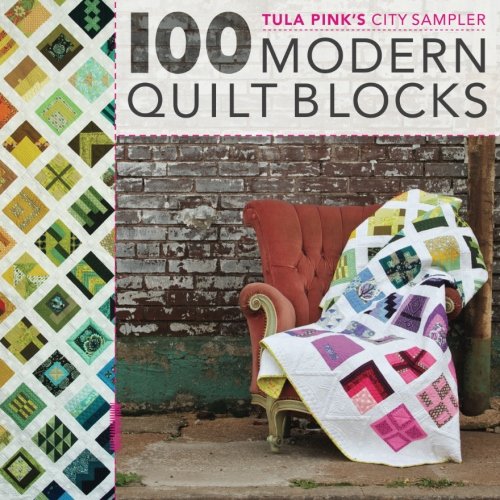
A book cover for Tula Pink's City Sampler: 100 Modern Quilt Blocks; Tula Pink; Crafts, Hobbies & Home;